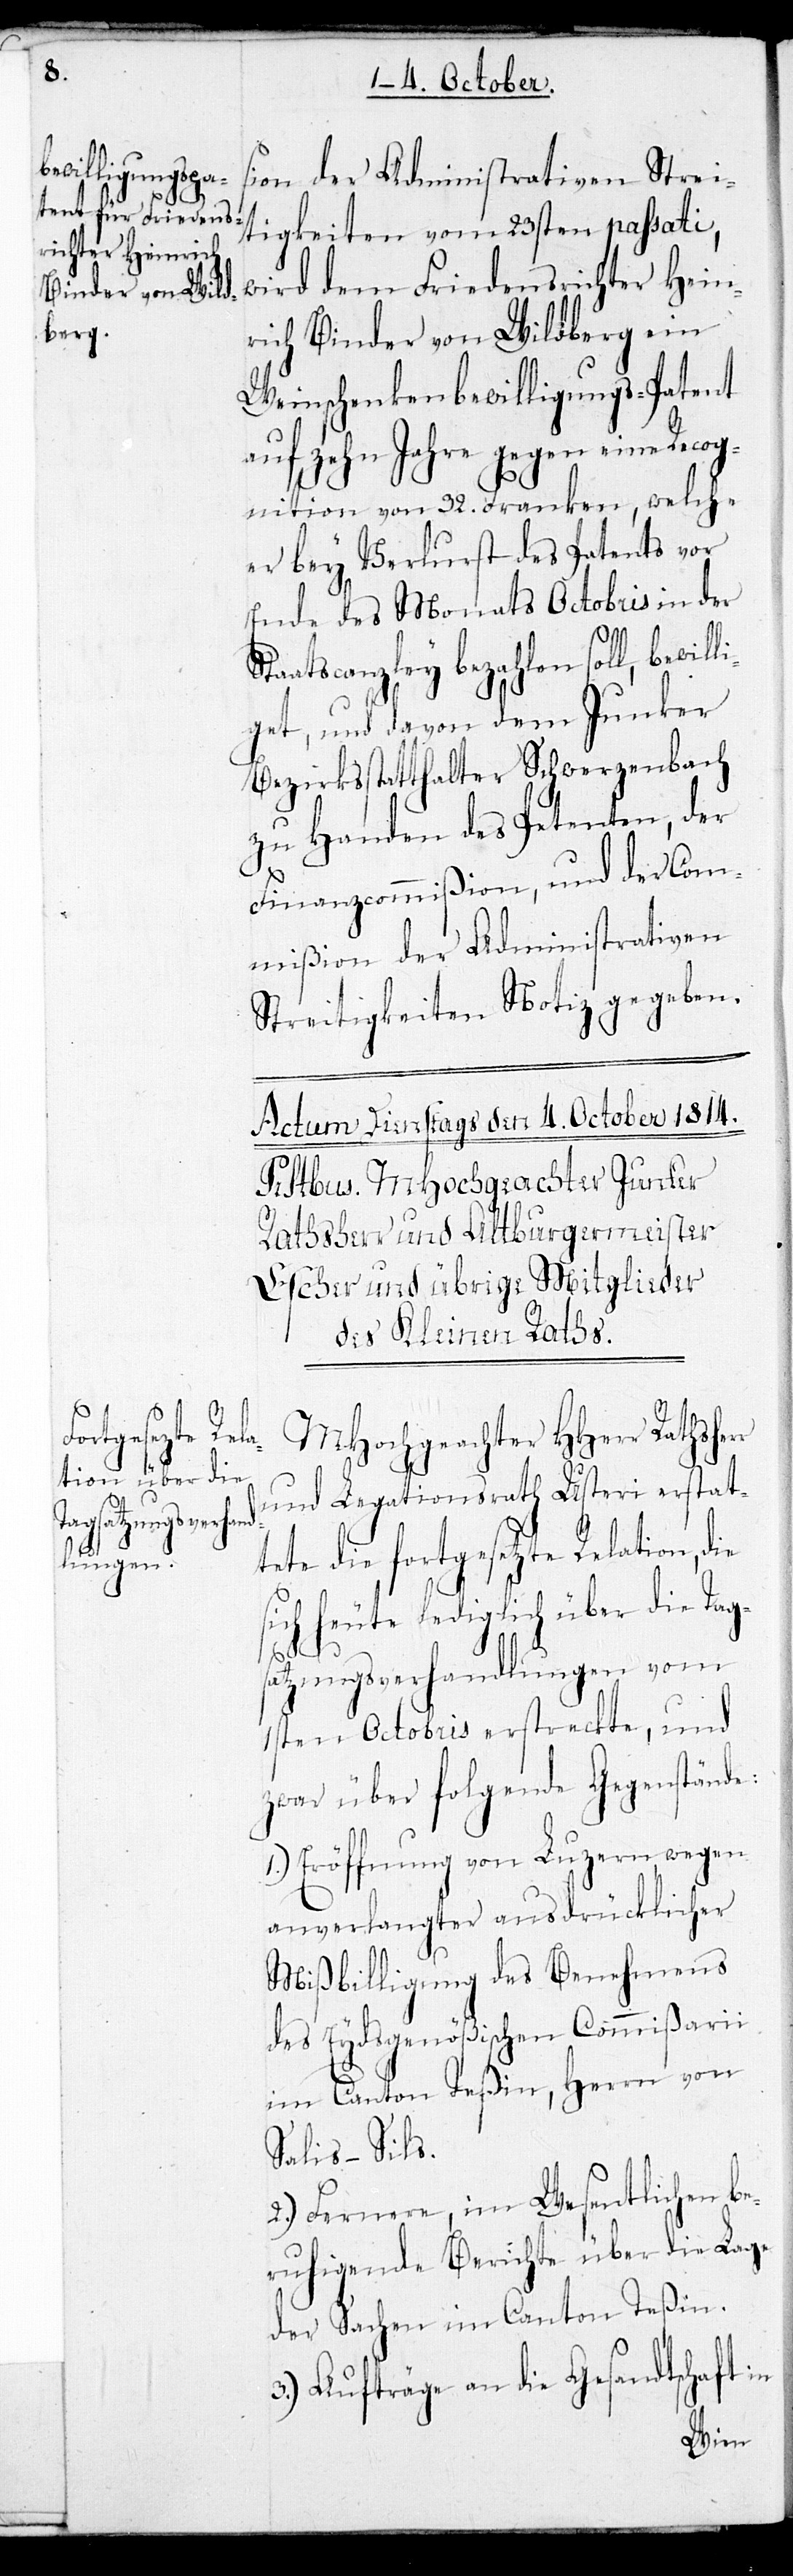
sion der Administrativen Strei¬
tigkeiten vom 23sten passati,
wird dem Friedensrichter Hein¬
rich Binder von Wildberg ein
Weinschenkenbewilligungs-Patent
auf zehn Jahre gegen eine Recog¬
nition von 32. Franken, welche
er bey Verlurst des Patents vor
Ende des Monats Octobris in der
Staatscanzley bezahlen soll, bewil¬
liget, und davon dem Junker
Bezirksstatthalter Schwerzenbach
zu Handen des Petenten, der
Finanzcommißion, und der Com¬
mißion der Administrativen
Streitigkeiten Notiz gegeben.
MHochgeachter HHerr Rathsherr
und Legationsrath Usteri erstat¬
tete die fortgesetzte Relation, die
lich über die Tag¬
satzungsverhandlungen vom
1sten Octobris erstreckte, und
zwar über folgende Gegenstände:
1.) Eröffnung von Luzern wegen
anverlangter ausdrücklicher
Mißbilligung des Benehmens
des Eydsgenößischen Commißarii
im Canton Teßin, Herrn von
Salis-Sils.
2.) Fernere, im Wesentlichen be¬
ruhigende Berichte über die Lage
der Sachen im Canton Teßin.
3.) Aufträge an die Gesandtschaft in